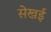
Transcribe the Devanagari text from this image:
सेखई